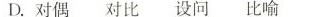
D.对偶对比设问比喻